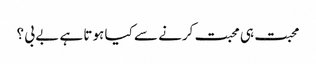
محبت ہی محبت کرنے سے کیا ہوتا ہے بے بی ؟